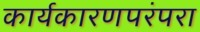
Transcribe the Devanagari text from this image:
कार्यकारणपरंपरा